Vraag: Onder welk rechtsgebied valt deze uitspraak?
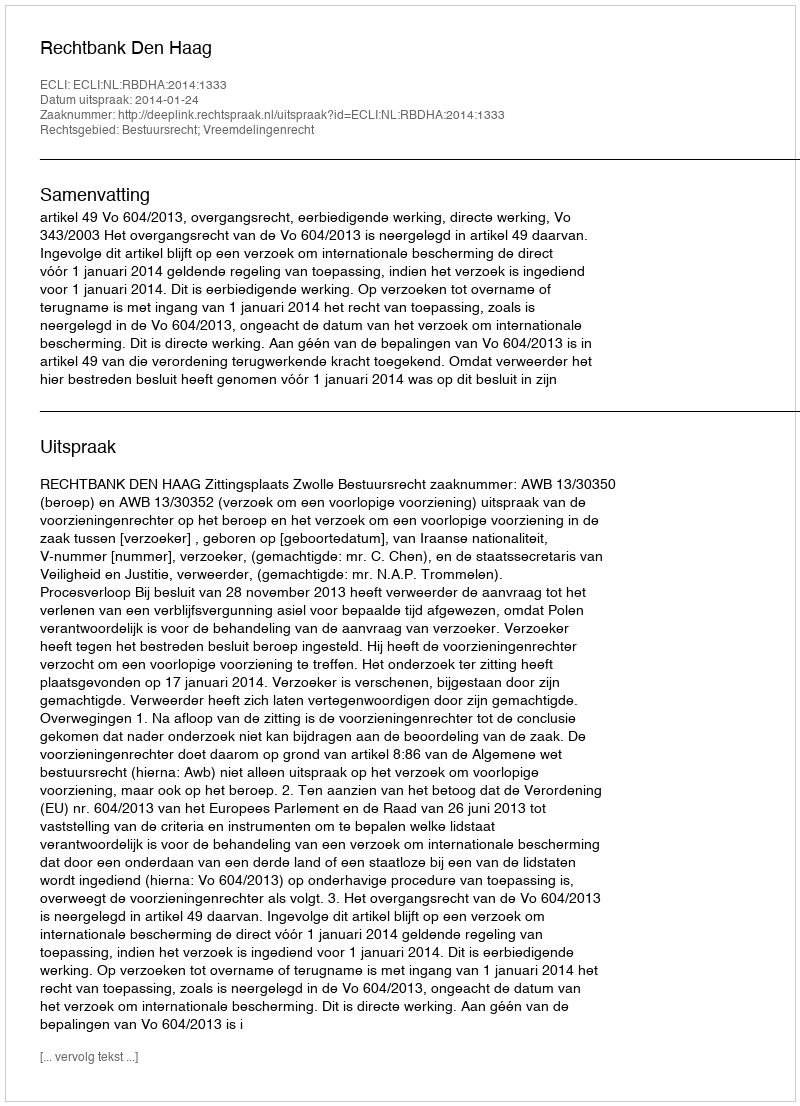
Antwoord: Bestuursrecht; Vreemdelingenrecht